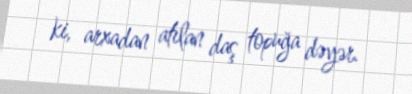
ki, arxadan atılan daş topuğa dəyər.